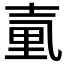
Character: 𡔬